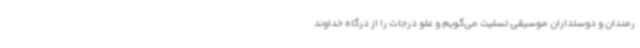
رمندان و دوستداران موسیقی تسلیت می‌گویم و علو درجات را از درگاه خداوند